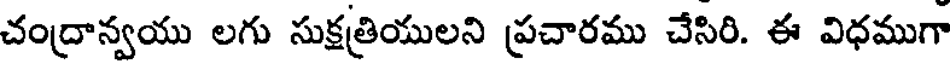
చంద్రాన్వయు లగు సుక్షత్రియులని ప్రచారము చేసిరి. ఈ విధముగా